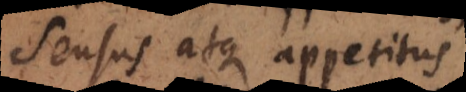
sensus atque appetitus